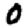
Digit: 0